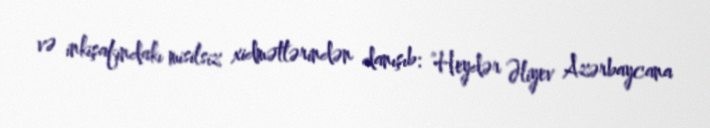
və inkişafındakı misilsiz xidmətlərindən danışıb: “Heydər Əliyev Azərbaycana